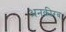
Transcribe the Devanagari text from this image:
अनक़ीरब